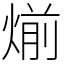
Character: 㷙